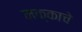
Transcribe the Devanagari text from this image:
मक्काचे